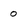
Character: 0